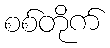
စစ်တိုက်